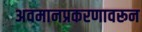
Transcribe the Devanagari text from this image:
अवमानप्रकरणावरून